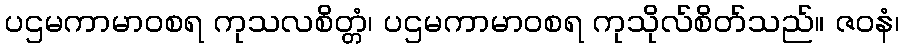
ပဌမကာမာဝစရ ကုသလစိတ္တံ၊ ပဌမကာမာဝစရ ကုသိုလ်စိတ်သည်။ ဇဝနံ၊